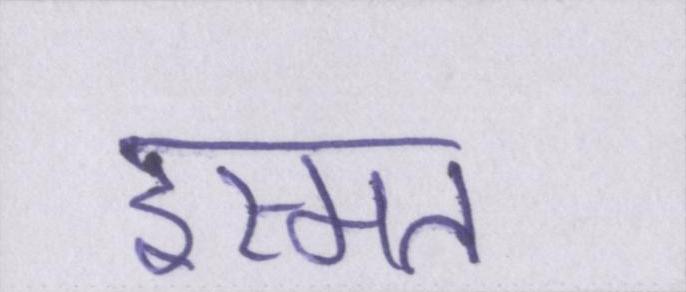
इस्मत